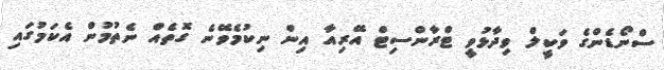
ސްނޯޑެންގެ ވަކީލް ވިދާޅުވީ ޓްރާންސިޓް އޭރިއާ އިން ނިކުމެވޭނެ ގޮތެއް ނެތުމުން އެކަމުގައި